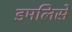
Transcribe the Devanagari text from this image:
डमलिसे